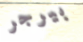
بيرجر